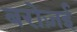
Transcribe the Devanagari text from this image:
बरोज़ई